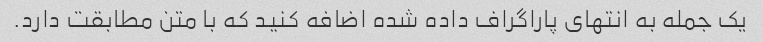
یک جمله به انتهای پاراگراف داده شده اضافه کنید که با متن مطابقت دارد.